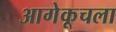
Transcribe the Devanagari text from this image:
आगेकूचला